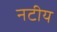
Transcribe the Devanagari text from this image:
नटीय